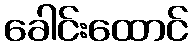
ခေါင်းထောင်